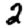
Digit: 2